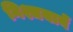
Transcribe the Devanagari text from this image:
निश्चयानें